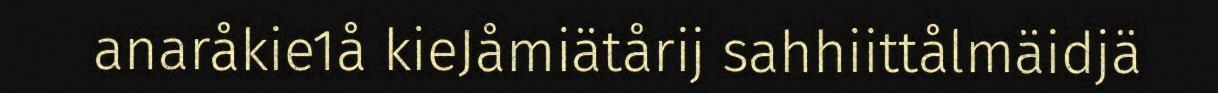
anaråkie1å kieJåmiätårij sahhiittålmäidjä